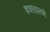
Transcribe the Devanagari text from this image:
इक्यानबे